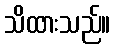
သိထားသည်။